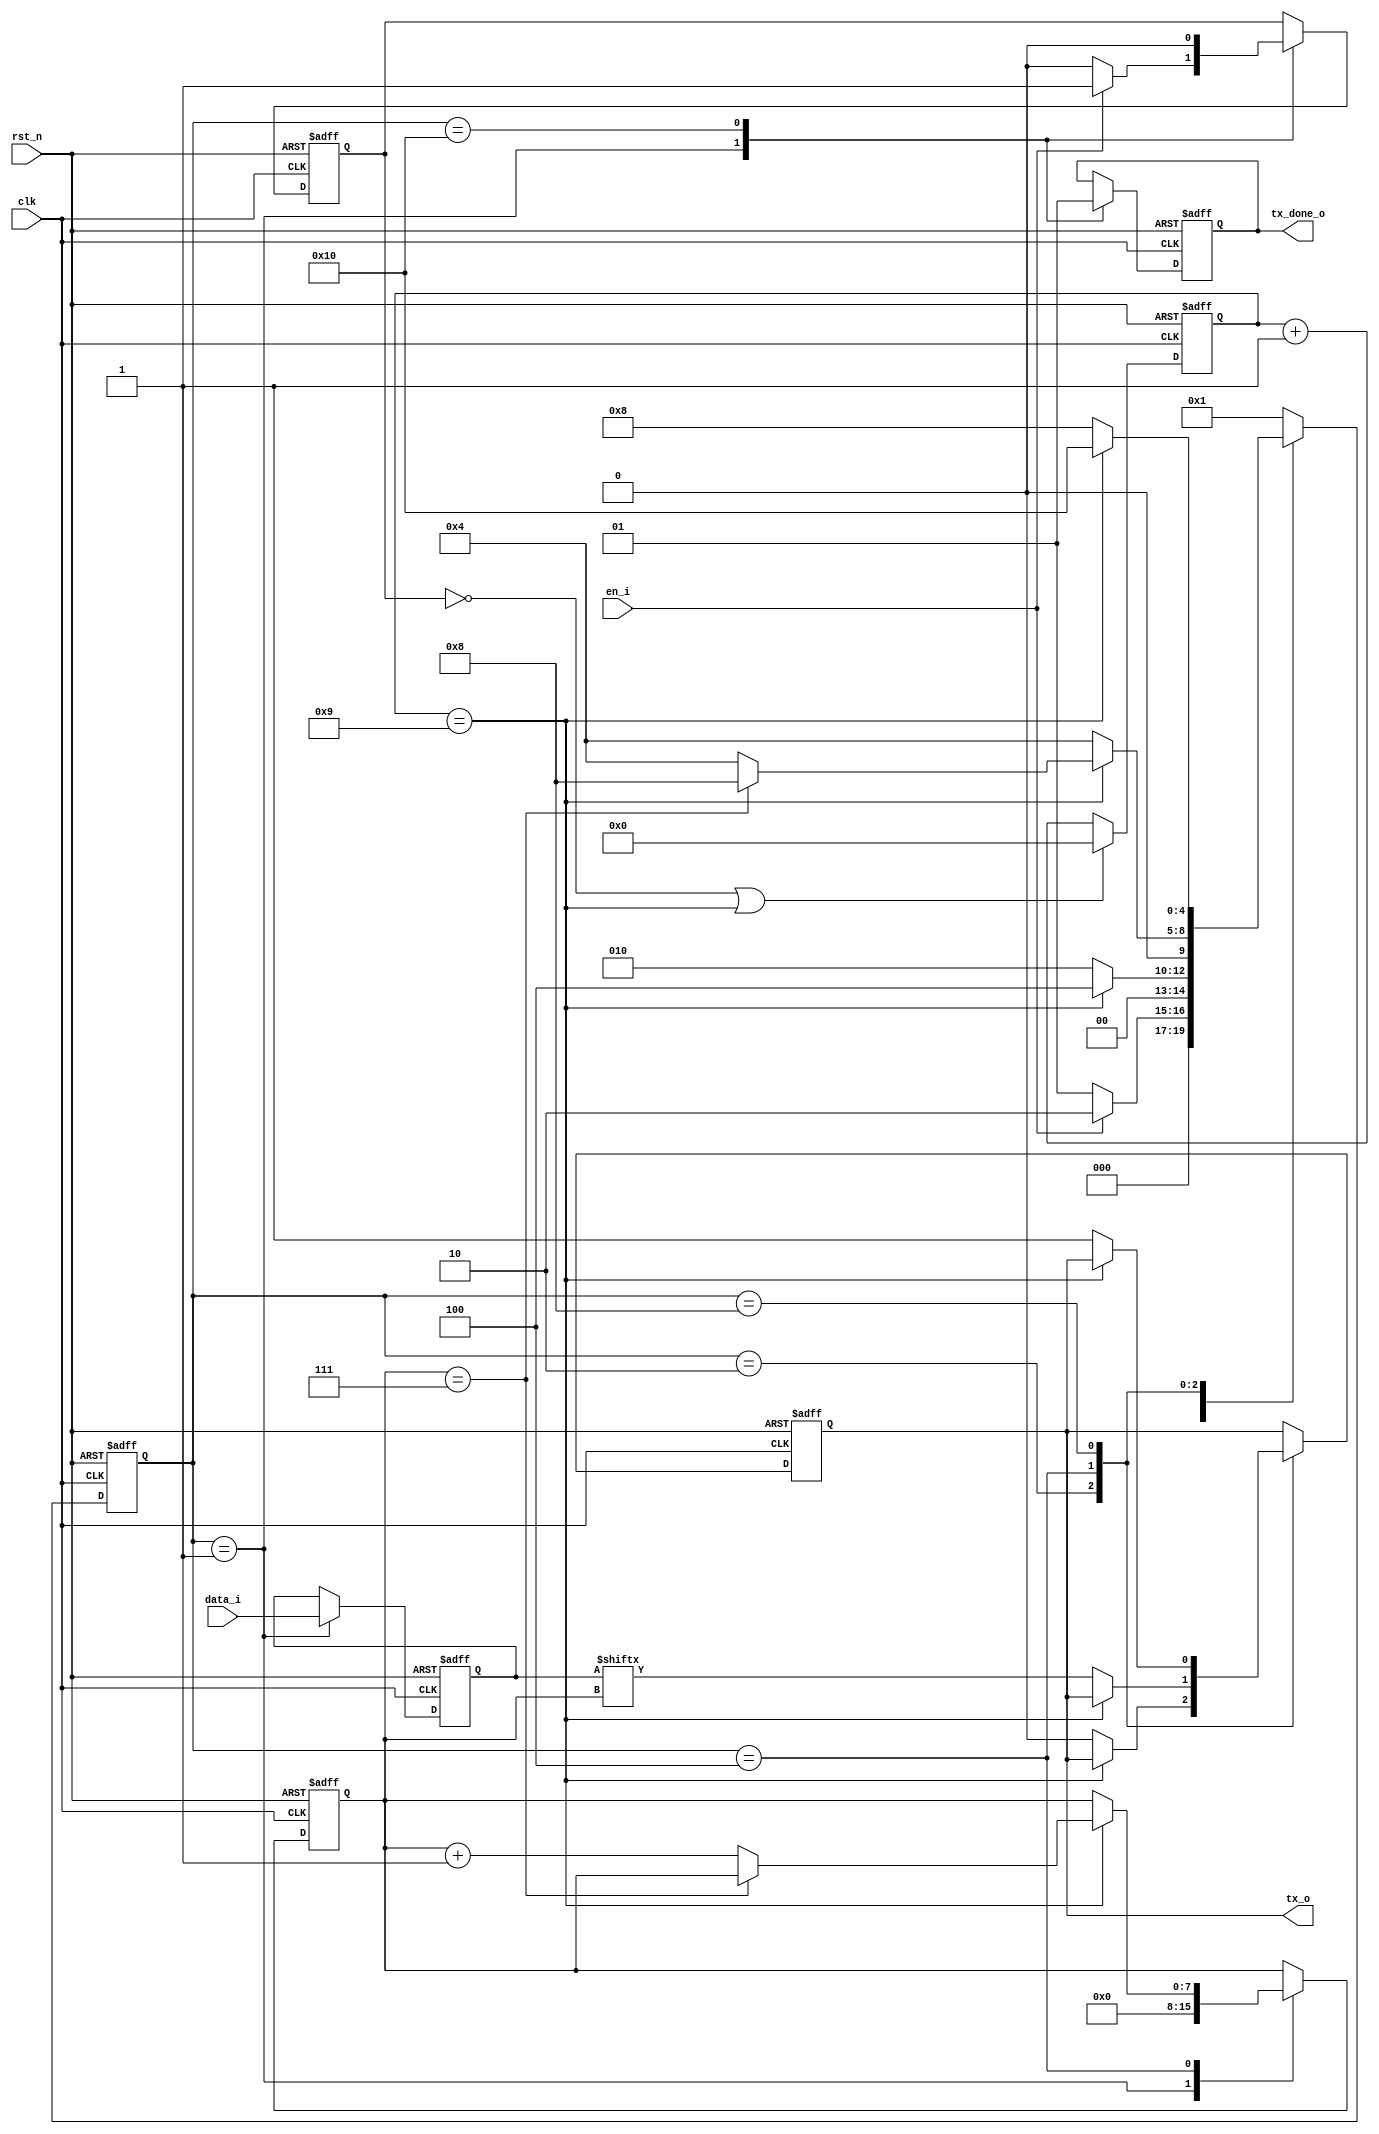
`timescale 1ns / 1ps
//////////////////////////////////////////////////////////////////////////////////
// Company: 
// Engineer: 
// 
// Design Name: 
// Module Name: UART_tx
// Project Name: 
// Target Devices: 
// Tool Versions: 
// Description: 
// 
// Dependencies: 
// 
// Revision:
// Revision 0.01 - File Created
// Additional Comments:
// 
//////////////////////////////////////////////////////////////////////////////////

module uart_tx(
	input clk,
	input rst_n,
	input en_i,
	input [7:0] data_i,
	output reg tx_o,
	output reg tx_done_o
);

localparam s_idle = 5'b00001,
		s_start = 5'b00010,
		s_wr = 5'b00100,
		s_stop = 5'b01000,
		s_done = 5'b10000;

//This is for simulation
localparam t_1_bit = 9;

reg en_cnt;
reg [15:0] cnt;
reg [4:0] state;
reg [7:0] data_r;
reg [7:0] tx_bits;

always @(posedge clk or negedge rst_n)
	if(!rst_n)
		cnt <= 16'd0;
	else if ((en_cnt == 0) || (cnt == t_1_bit))
		cnt <= 16'd0;
	else
		cnt <= cnt + 16'd1;

always @(posedge clk or negedge rst_n)
	if (!rst_n) begin
		state <= s_idle;
		tx_o <= 1'b1;
		data_r <= 8'd0;
		en_cnt <= 1'b0;
		tx_bits <= 8'd0;
		tx_done_o <= 1'b0;
	end else begin
		case(state)
			s_idle:
				begin
					data_r <= data_i;
					tx_bits <= 8'b0;
					tx_done_o <= 1'b0;

					if(en_i == 1) begin
						en_cnt <= 1'b1;
						state <= s_start;
					end else begin
						en_cnt <= 1'b0;
						state <= s_idle;
					end
				end
			s_start:
				if (cnt == t_1_bit) begin
					state <= s_wr;
				end else begin
					tx_o <= 0;
					state <= s_start;
				end
			
			s_wr:
				if (cnt == t_1_bit) begin
					if (tx_bits == 8'd7)
						state <= s_stop;
					else begin
						tx_bits <= tx_bits + 8'd1;
						state <= s_wr;
					end
				end else begin
					tx_o <= data_r[tx_bits];
					state <= s_wr;
				end
			
			s_stop:
				if (cnt == t_1_bit) begin
					state <= s_done;
				end else begin
					tx_o <= 1'b1;
					state <= s_stop;
				end
			
			s_done:
				begin
					en_cnt <= 1'b0;
					tx_done_o <= 1'b1;
					state <= s_idle;
				end
				
			default: state <= s_idle;
		endcase
	end
endmodule